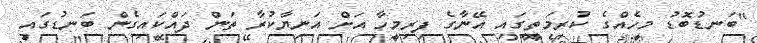
"ބަނޑުބޮޑު މީހެއްގެ ކުރިމަތީގައި އޭނާގެ ފިރިމީހާ އަށް އަނިޔާކުރާ ތަން ދައްކައިގެން ބަނޑުގައި